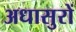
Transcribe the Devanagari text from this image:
अधासुरों